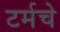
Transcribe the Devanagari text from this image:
टर्मचे